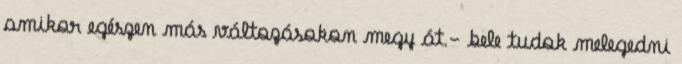
amikor egészen más változásokon megy át.- bele tudok melegedni